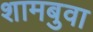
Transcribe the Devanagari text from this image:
शामबुवा